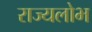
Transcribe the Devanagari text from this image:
राज्यलोभ